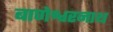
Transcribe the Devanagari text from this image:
बाणेश्वरनाथ